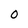
Character: 0